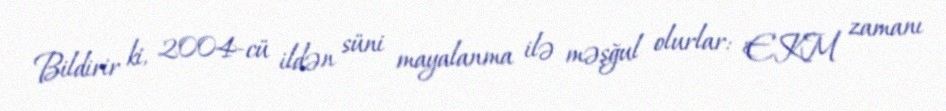
Bildirir ki, 2004-cü ildən süni mayalanma ilə məşğul olurlar: "EKM zamanı